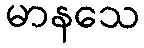
မာနသေ